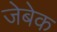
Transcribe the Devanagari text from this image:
जेबेक